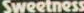
Sweetness